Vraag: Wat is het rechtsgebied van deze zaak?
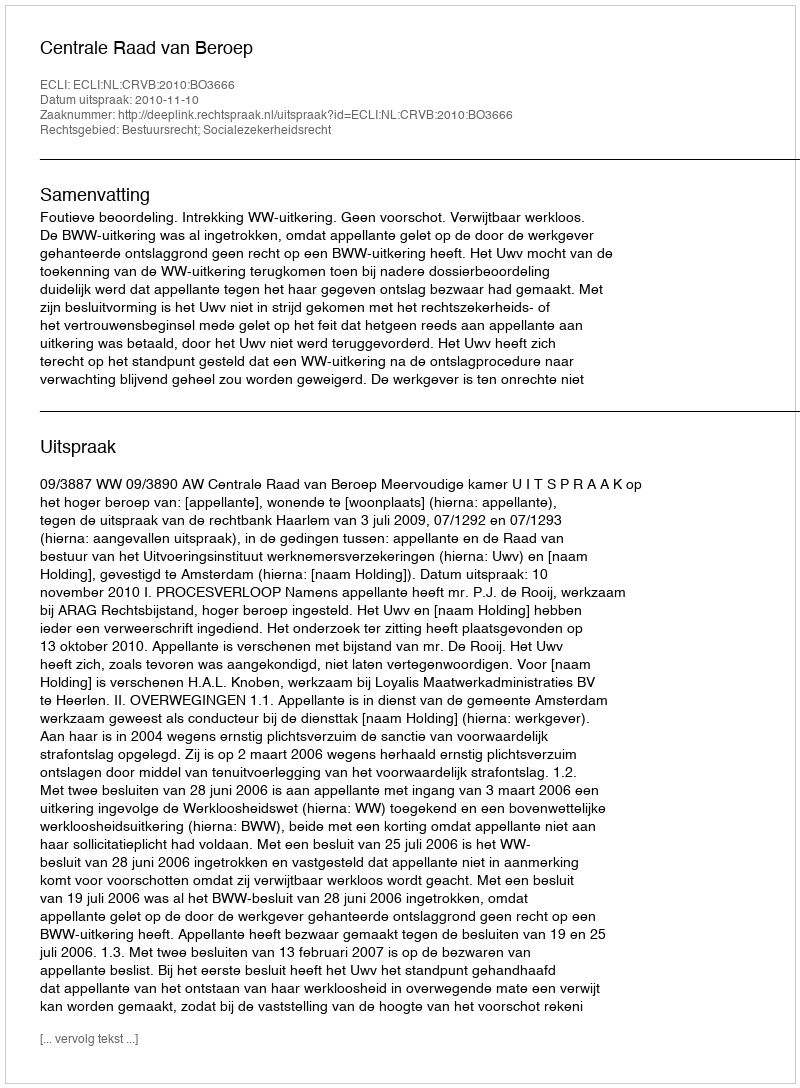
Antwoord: Bestuursrecht; Socialezekerheidsrecht